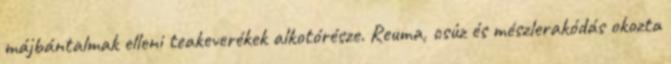
májbántalmak elleni teakeverékek alkotórésze. Reuma, csúz és mészlerakódás okozta